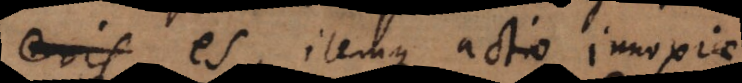
eris es, itemque actio innoxiae